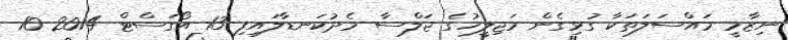
ނިޒާމީ މައްސަލަތަކާ ގުޅިގެން މަޖިލީހުގެ ޖަލްސާ މެދުކަނޑާލައިފި 13 އޯގަސްޓް 2014 10